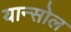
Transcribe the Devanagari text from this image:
यान्सोल